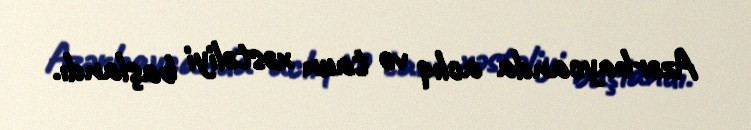
Azərbaycanda aclıq və taun xəstəliyi başlandı.